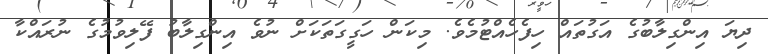
ދިޔަ އިންގިލާބުގެ އަގުތައް ހިފެހެއްޓުމެވެ. މިކަން ހަގީގަތަކަށް ނުވެ އިންގިލާބު ފޭލިވުމުގެ ނުރައްކާ